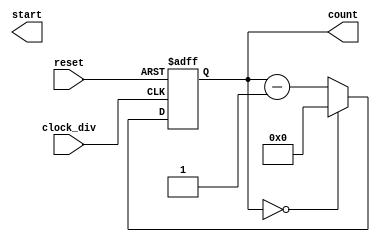
module countdown(clock_div,reset,start,count);
input clock_div,reset;
output start;
output[3:0]count;
reg [3:0]count;

always@(posedge clock_div or negedge reset)
begin
    if(!reset)
		begin
        count<=3;
		end
    else
    begin
		if(count==0)
		count<=0;
		else
		count<=count-1;
		
	end
end

endmodule